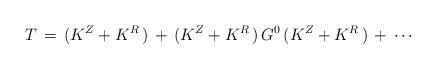
LaTeX: \begin{align*}T\,=\,(K^Z+K^R\,)\,+\,(K^Z+K^R\,)\,G^0\,(K^Z+K^R\,)\,+\,\cdots\end{align*}